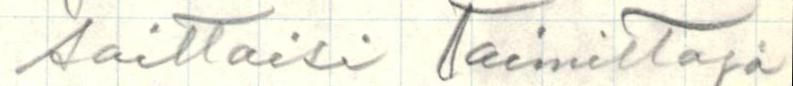
soittaisi Toimittaja